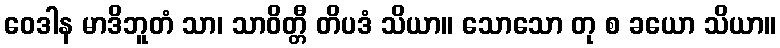
ဝေဒါန မာဒိဘူတံ သာ၊ သာဝိတ္တီ တိပဒံ သိယာ။ သောသော တု စ ခယော သိယာ။